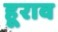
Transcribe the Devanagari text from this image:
हूराव